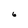
Character: 6